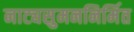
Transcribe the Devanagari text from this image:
नाट्यसुमननिर्मित